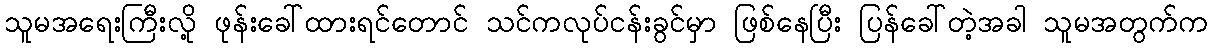
သူမအရေးကြီးလို့ ဖုန်းခေါ်ထားရင်တောင် သင်ကလုပ်ငန်းခွင်မှာ ဖြစ်နေပြီး ပြန်ခေါ်တဲ့အခါ သူမအတွက်က